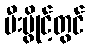
မီးပွိုင့်တွင်